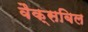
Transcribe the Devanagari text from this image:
वैक्सबिल